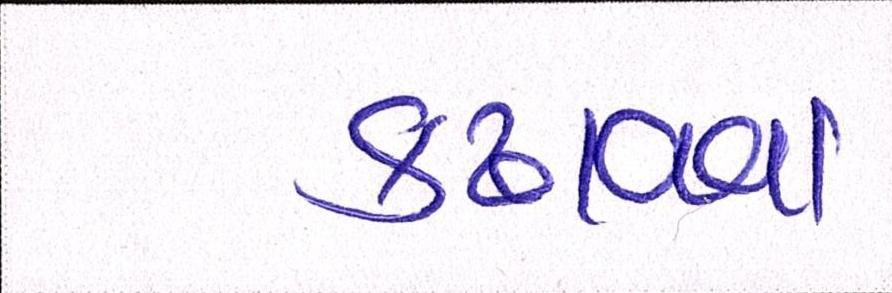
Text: કઢાવવા